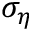
\sigma _ { \eta }